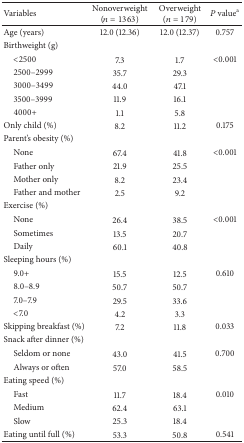
<table><thead><tr><td><b>Variables</b></td><td><b>Nonoverweight(<i>n</i> = 1363)</b></td><td><b>Overweight(<i>n</i> = 179)</b></td><td><b><i>P</i> value<sup>a</sup></b></td></tr></thead><tbody><tr><td>Age (years)</td><td>12.0 (12.36)</td><td>12.0 (12.37)</td><td>0.757</td></tr><tr><td>Birthweight (g)</td><td> </td><td> </td><td> </td></tr><tr><td> &lt;2500</td><td>7.3</td><td>1.7</td><td>&lt;0.001</td></tr><tr><td> 2500–2999</td><td>35.7</td><td>29.3</td><td> </td></tr><tr><td> 3000–3499</td><td>44.0</td><td>47.1</td><td> </td></tr><tr><td> 3500–3999</td><td>11.9</td><td>16.1</td><td> </td></tr><tr><td> 4000+</td><td>1.1</td><td>5.8</td><td> </td></tr><tr><td>Only child (%)</td><td>8.2</td><td>11.2</td><td>0.175</td></tr><tr><td>Parent&#x27;s obesity (%)</td><td> </td><td> </td><td> </td></tr><tr><td> None</td><td>67.4</td><td>41.8</td><td>&lt;0.001</td></tr><tr><td> Father only</td><td>21.9</td><td>25.5</td><td> </td></tr><tr><td> Mother only</td><td>8.2</td><td>23.4</td><td> </td></tr><tr><td> Father and mother</td><td>2.5</td><td>9.2</td><td> </td></tr><tr><td>Exercise (%)</td><td> </td><td> </td><td> </td></tr><tr><td> None</td><td>26.4</td><td>38.5</td><td>&lt;0.001</td></tr><tr><td> Sometimes</td><td>13.5</td><td>20.7</td><td> </td></tr><tr><td> Daily</td><td>60.1</td><td>40.8</td><td> </td></tr><tr><td>Sleeping hours (%)</td><td> </td><td> </td><td> </td></tr><tr><td> 9.0+</td><td>15.5</td><td>12.5</td><td>0.610</td></tr><tr><td> 8.0–8.9</td><td>50.7</td><td>50.7</td><td> </td></tr><tr><td> 7.0–7.9</td><td>29.5</td><td>33.6</td><td> </td></tr><tr><td> &lt;7.0</td><td>4.2</td><td>3.3</td><td> </td></tr><tr><td>Skipping breakfast (%)</td><td>7.2</td><td>11.8</td><td>0.033</td></tr><tr><td>Snack after dinner (%)</td><td> </td><td> </td><td> </td></tr><tr><td> Seldom or none</td><td>43.0</td><td>41.5</td><td>0.700</td></tr><tr><td> Always or often</td><td>57.0</td><td>58.5</td><td> </td></tr><tr><td>Eating speed (%)</td><td> </td><td> </td><td> </td></tr><tr><td> Fast</td><td>11.7</td><td>18.4</td><td>0.010</td></tr><tr><td> Medium</td><td>62.4</td><td>63.1</td><td> </td></tr><tr><td> Slow</td><td>25.3</td><td>18.4</td><td> </td></tr><tr><td>Eating until full (%)</td><td>53.3</td><td>50.8</td><td>0.541</td></tr></tbody></table>